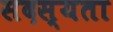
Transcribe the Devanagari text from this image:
सदस्यता